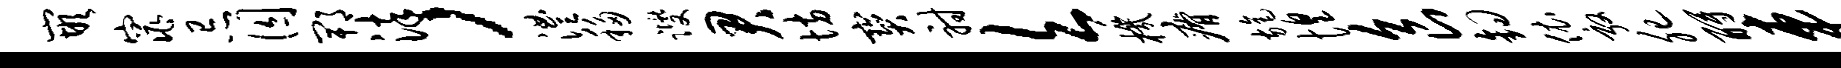
嵌窕忌囚郫染，澧移躞君坊宝射欠机瘠旄惶食钩依敦肥酹车蠲